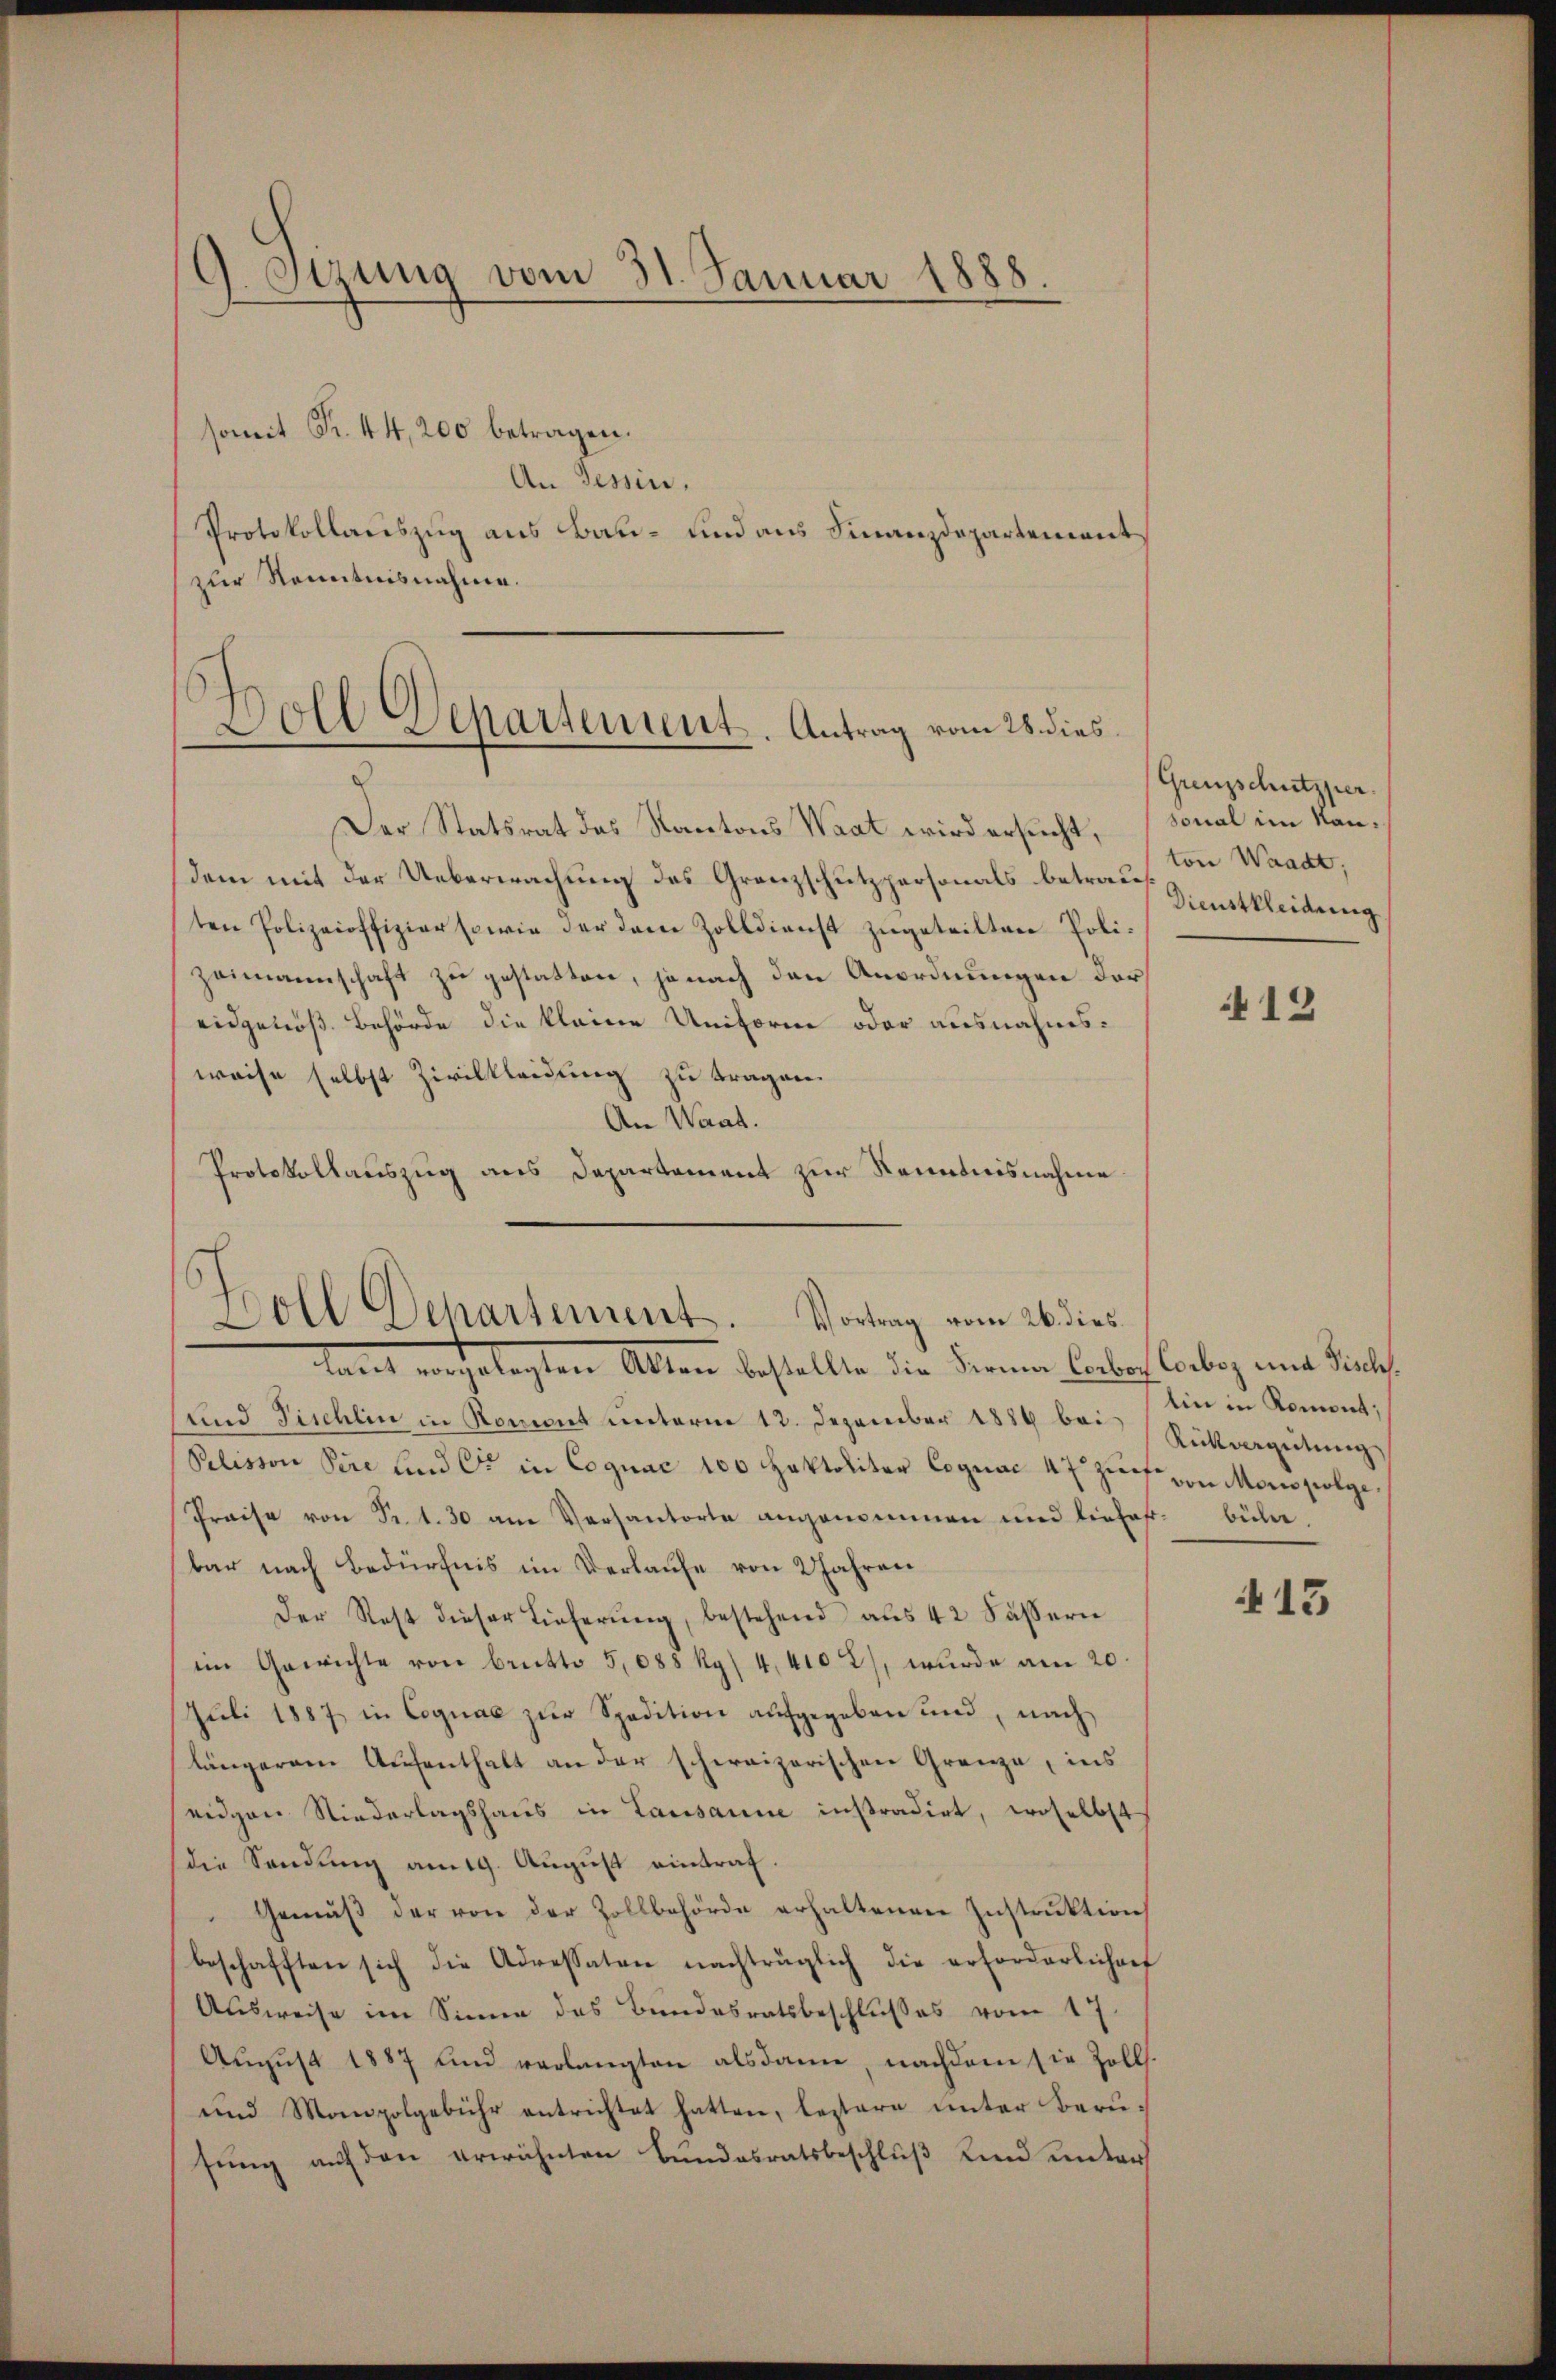
G. Sizung vom 31. Januar 1888

somit Fr. 44, 200 betragen.
An Tessin.
Protokollauszug aus Bau- und aus Finanzdepartement
zur Kenntnisnahme.

Doll Departement. Antrag vom 28. dies
.

Der Statsrat des Kantons Waat wird ersucht,
dem mit der Ueberwachung des Granzschutzpersonals betrau
ten Polizeioffizier sowie der dem Zolldienst zŭgeteilten Poli-
zeimannschaft zu gestatten, je nach den Anordnungen darf
eidgenöß. Behörde die kleine Uniforme oder ausnahmsweise selbst Zivilkleidung zu tragen.
An Waat.
Protokollauszug aus Departement zur Kenntnisnahme

)
Doll Dehartement. Vortrag vom 26. dies

larat legten Alten bestellte die Fernen Condof Carbey und Packe
und Fischlin in Rencent unterm 12. Dezember 1884 bei ein in Romont,
Pelisson Pire und Cor in Cognac 100 Haktolitar Cognac 47 zur von Monopolge.
Preise von Fr. 1. 30 am Versantorte angenommen und einhaft. büln.
bar nach Bedürfnis im Verlaufe von 2 Jahren
Der Rest dieser Lieferŭng, bestehend aŭs 42 Fasern
im Gewichte von brutto 5,088 kg) 4,4102), wurde am 20.
Juli 1887 in Cognac zur Spedition aufgegeben und, nach
längerem Aufenthalt an der schweizerischen Grenze, ins
eidgen Niederlagshaus in Lausanne instradirt, woselbst
die Sendung am 19. August eintraf.
Gemäβ der von der Zollbehörde erhaltenen Instrŭktion
beschafften sich die Adressaten nachträglich die erforderlicherf
Ausweise im Sinne des Bundesratsbeschlusses vom 17.
August 1887 und verlangten alsdame, nachdem sie Zolls.
und Monopolgebühr entrichtet hatten, leztere unter Berusŭng auf den erwähnten Bundesratsbeschlŭβ Kind unter

Grenzschutzper.
sonal im Nauton Waadt,
Dienstkleidung

13

Rittergütung

413